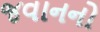
જવાનનો